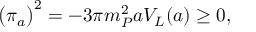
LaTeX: \bigl ( \pi _ { a } \bigr ) ^ { 2 } = - 3 \pi m _ { P } ^ { 2 } a V _ { L } ( a ) \geq 0 ,